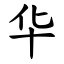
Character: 华